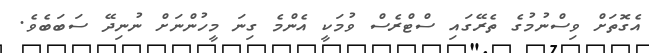
އެގޮތަށް ވިސްނުމުގެ ތެރޭގައި ސްޓްރެސް ވުމަކީ އެންމެ ގިނަ މީހުންނަށް ނުނިދޭ ސަބަބެވެ.